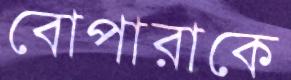
বোপারাকে